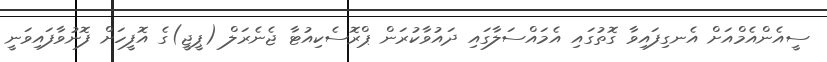
ސީއެންއެމްއަށް އެނގިފައިވާ ގޮތުގައި އެމައްސަލާގައި ދައުވާކުރަން ޕްރޮސެކިއުޓާ ޖެނެރަލް (ޕީޖީ)ގެ އޮފީހަށް ފޮނުވާފައިވަނީ